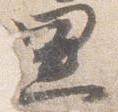
黒